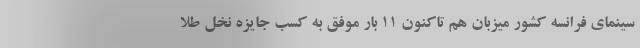
سینمای فرانسه کشور میزبان هم تاکنون ۱۱ بار موفق به کسب جایزه نخل طلا